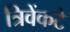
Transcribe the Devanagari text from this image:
त्रिवेंकटे